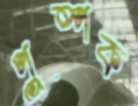
পুষ্পক